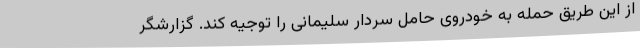
از این طریق حمله به خودروی حامل سردار سلیمانی را توجیه کند. گزارشگر